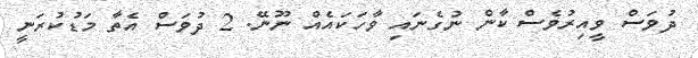
ދުވަސް ވީއިރުވެސް ކާން ނުގެނައި ވާހަކައެއް ނޫނޭ. 2 ދުވަސް އެތާ މަޑުކުރަނީ